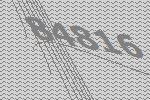
84816